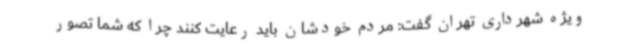
ویژه شهرداری تهران گفت: مردم خودشان باید رعایت کنند چرا که شما تصور